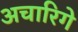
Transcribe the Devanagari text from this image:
अचारिगे